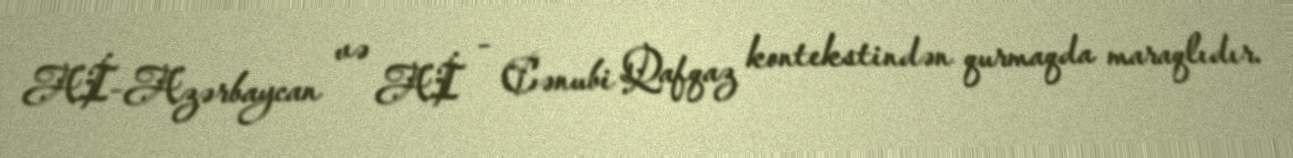
Aİ-Azərbaycan və Aİ - Cənubi Qafqaz kontekstindən qurmaqda maraqlıdır.